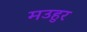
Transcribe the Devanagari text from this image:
मउहुर